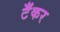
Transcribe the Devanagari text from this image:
टॅँकर